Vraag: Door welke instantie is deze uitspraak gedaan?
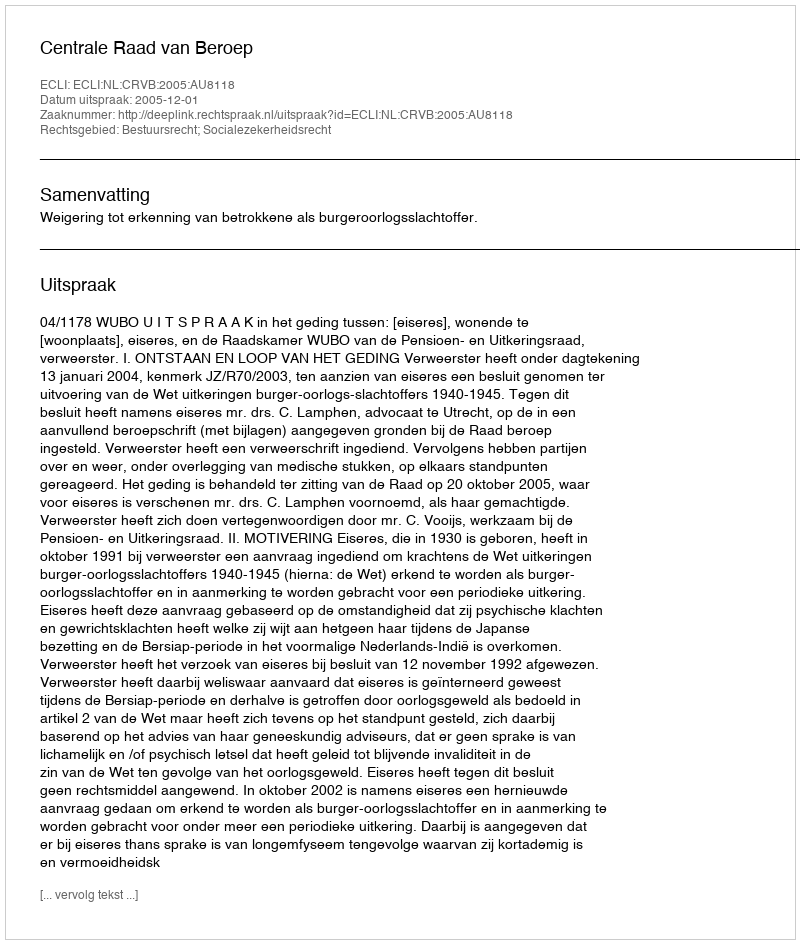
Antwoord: Centrale Raad van Beroep